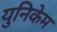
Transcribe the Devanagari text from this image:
युनिकेम